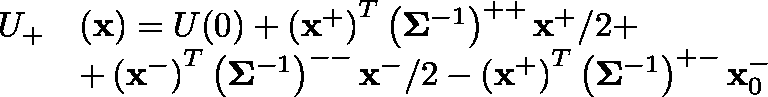
\begin{array} { r l } { U _ { + } } & { ( \mathbf { x } ) = U ( 0 ) + \left( \mathbf { x } ^ { + } \right) ^ { T } \left( \mathbf { \Sigma } ^ { - 1 } \right) ^ { + + } \mathbf { x } ^ { + } / 2 + } \\ & { + \left( \mathbf { x } ^ { - } \right) ^ { T } \left( \mathbf { \Sigma } ^ { - 1 } \right) ^ { -- } \mathbf { x } ^ { - } / 2 - \left( \mathbf { x } ^ { + } \right) ^ { T } \left( \mathbf { \Sigma } ^ { - 1 } \right) ^ { + - } \mathbf { x } _ { 0 } ^ { - } } \end{array}